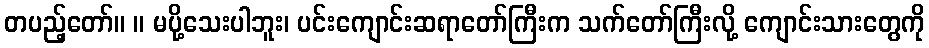
တပည့်တော်။ ။ မပို့သေးပါဘူး၊ ပင်းကျောင်းဆရာတော်ကြီးက သက်တော်ကြီးလို့ ကျောင်းသားတွေကို